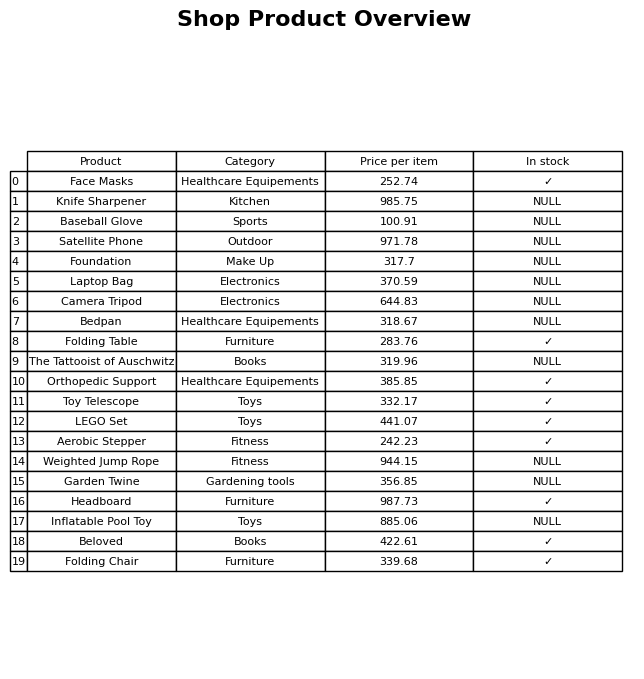
question: What is the price for Foundation?
answer: The price of Foundation is 317.7.